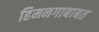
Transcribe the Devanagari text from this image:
हिमनगाबाबत